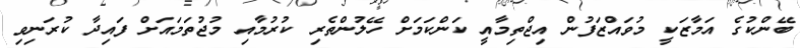
ބޭންކުގެ އަމާޒަކީ މުވައްޒަފުން އިޖްތިމާއީ ކަންކަމަށް ހޭލުންތެރި ކުރުމާއި މުޖުތަމައަށް ފައިދާ ކުރަނިވި